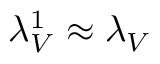
\lambda _ { V } ^ { 1 } \approx \lambda _ { V }